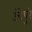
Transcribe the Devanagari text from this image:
उंचेपुरे